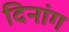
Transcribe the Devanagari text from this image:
दिनांग